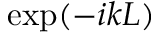
\exp ( - i k L )